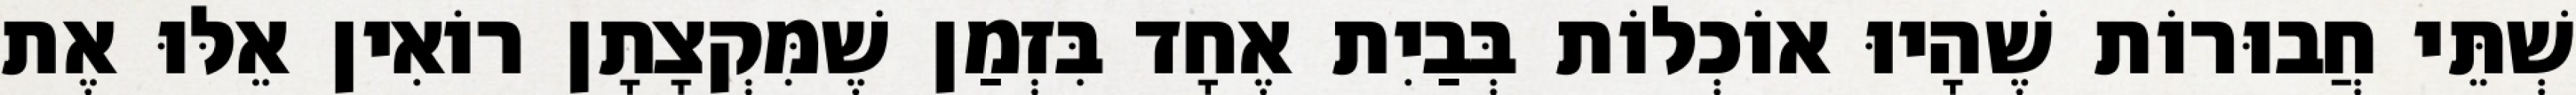
שְׁתֵּי חֲבוּרוֹת שֶׁהָיוּ אוֹכְלוֹת בְּבַיִת אֶחָד בִּזְמַן שֶׁמִּקְצָתָן רוֹאִין אֵלּוּ אֶת